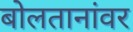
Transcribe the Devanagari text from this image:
बोलतानांवर